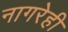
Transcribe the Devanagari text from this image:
नागरेही